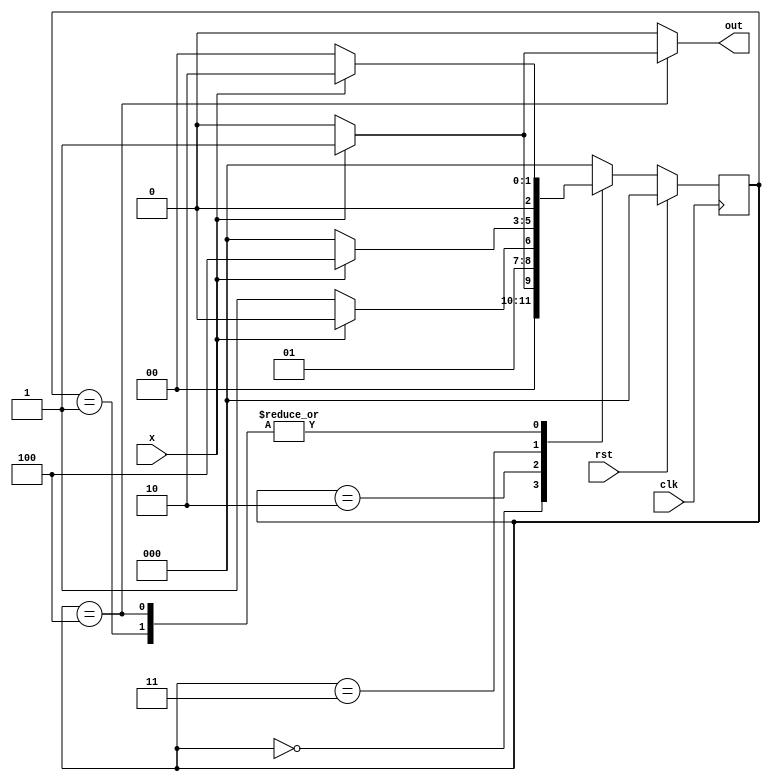
// Code your design here
module seq_detector(out,x,clk,rst);
  input x,clk,rst;
  output reg out;
  reg [2:0] PS,NS;
  parameter s0=3'b000 , s1=3'b001,s2=3'b010,s3=3'b011,s4=3'b100;
  always@(posedge clk)
    if (rst)
      PS <= s0;
    else
      PS <= NS;
  always@(PS,x)
    case(PS)
      s0 :
        begin
          NS  <= x ? s1 : s0;
          out <= x ? 0  : 0 ;
        end 
      s1 :
        begin
          NS  <= x ? s2 : s0;
          out <= x ? 0  : 0 ;
        end 
      s2 :
        begin
          NS  <= x ? s2 : s3;
          out <= x ? 0  : 0 ;
        end 
      s3 :
        begin
          NS  <= x ? s4 : s0;
          out <= x ? 0  : 0 ;
        end 
      s4 :
        begin
          NS  <= x ? s2 : s0;
          out <= x ? 1 : 0 ;
        end 
      default:
        begin
          NS  <= x ? s0 : s0;
          out <= x ? 0  : 0 ;
        end 
    endcase
endmodule